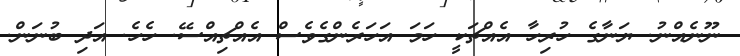
ނޫނެއްނު. ޔަނާގެ ހުރިހާ އެއްޗަކީ ހަމަ އަހަރެންގެވެސް އެއްޗިއްސޭ. ހެހެ. އަދި ބުނަން.